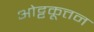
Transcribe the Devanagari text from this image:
ओट्टकूत्तन